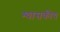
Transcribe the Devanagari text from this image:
श्यासकीय